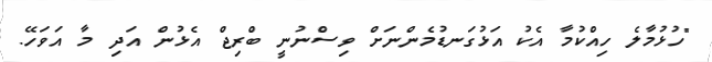
"ހުޅުމާލެ ހިއްކުމާ އެކު އަޅުގަނޑުމެންނަށް ވިސްނުނީ ބްރިޖް އެޅުން އަދި މާ އަވަހޭ.